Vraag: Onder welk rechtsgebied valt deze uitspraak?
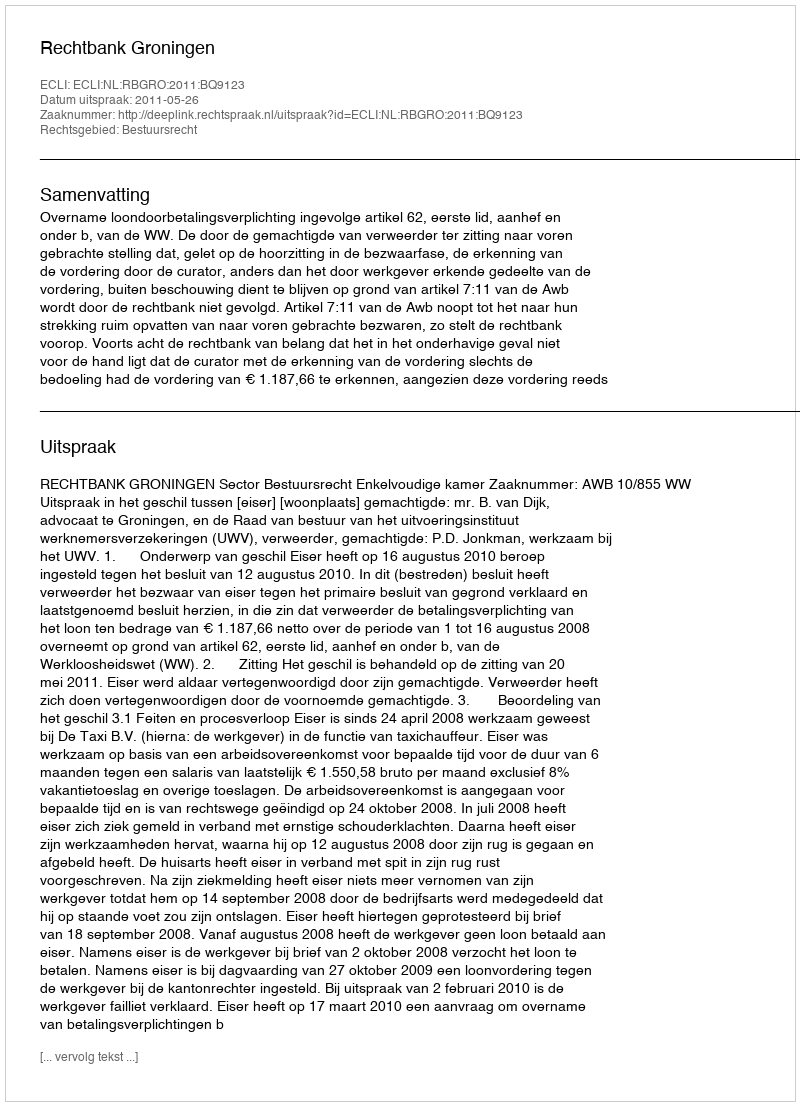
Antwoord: Bestuursrecht